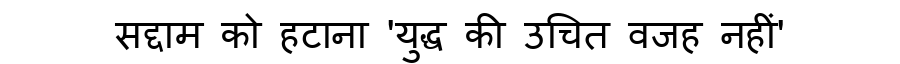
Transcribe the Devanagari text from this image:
सद्दाम को हटाना 'युद्ध की उचित वजह नहीं'